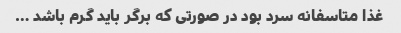
غذا متاسفانه سرد بود در صورتی که برگر باید گرم باشد …